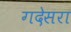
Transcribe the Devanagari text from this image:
गदेसरा